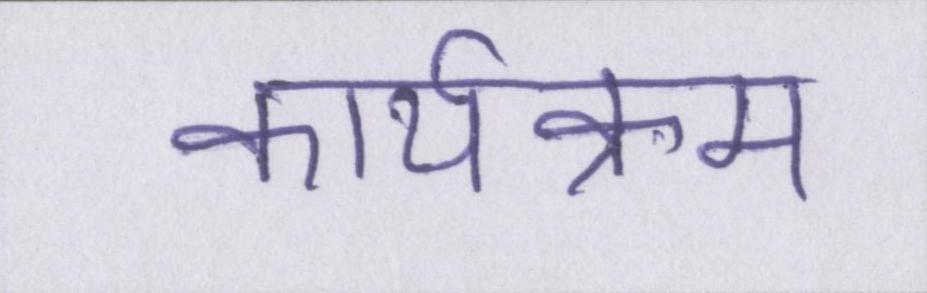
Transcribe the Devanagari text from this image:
कार्यक्रम